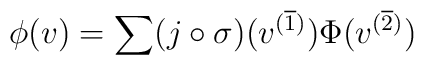
\phi (v)= \sum (j \circ \sigma) (v^{(\overline 1)}) \Phi(v^{(\overline 2)})